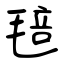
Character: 毰